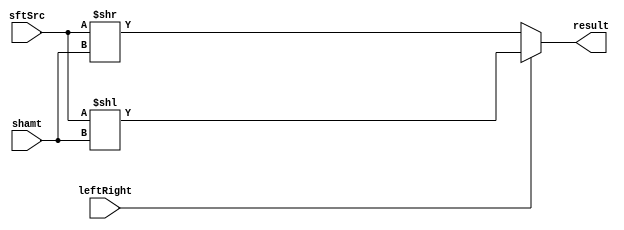
module Shifter( result, leftRight, shamt, sftSrc );

	//I/O ports 
	output	[32-1:0] result;

	input	leftRight;
	input	[5-1:0] shamt;
	input	[32-1:0] sftSrc ;

	//Internal Signals
	wire	[32-1:0] result;
	reg [32-1:0] TemR;
	//Main function
	/*your code here*/
	assign result = TemR;
	//assign result = (leftRight == 1'b1)? sftSrc << shamt:sftSrc >> shamt;
	always@(*)
	begin
	if (leftRight == 1'b1)
	  TemR = sftSrc << shamt;
	else
	  TemR = sftSrc >> shamt;
	end/**/

endmodule